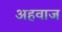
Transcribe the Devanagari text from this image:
अहवाज